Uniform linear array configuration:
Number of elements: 48
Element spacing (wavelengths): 0.5
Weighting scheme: hamming
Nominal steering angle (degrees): -15
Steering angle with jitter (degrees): -13.998
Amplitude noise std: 0.05
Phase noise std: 0.05

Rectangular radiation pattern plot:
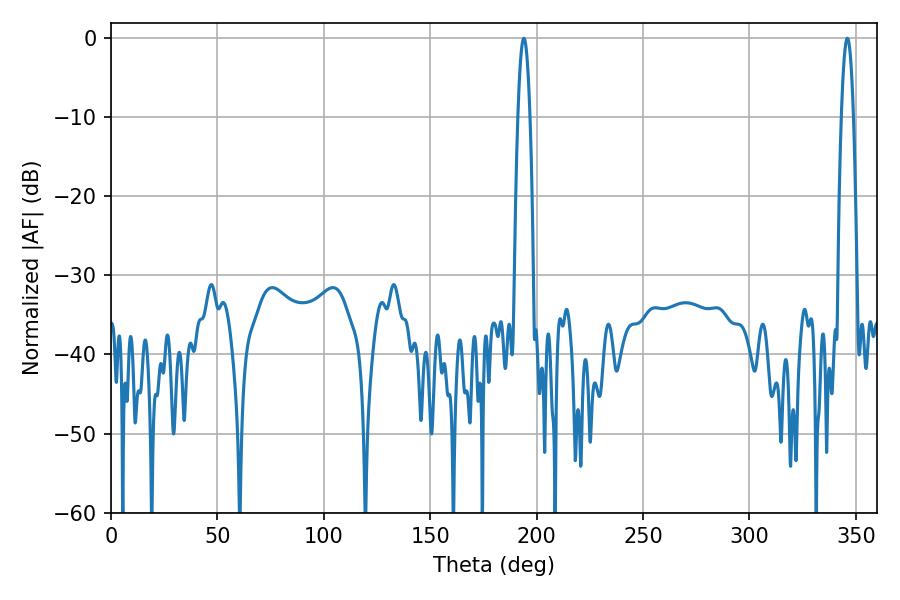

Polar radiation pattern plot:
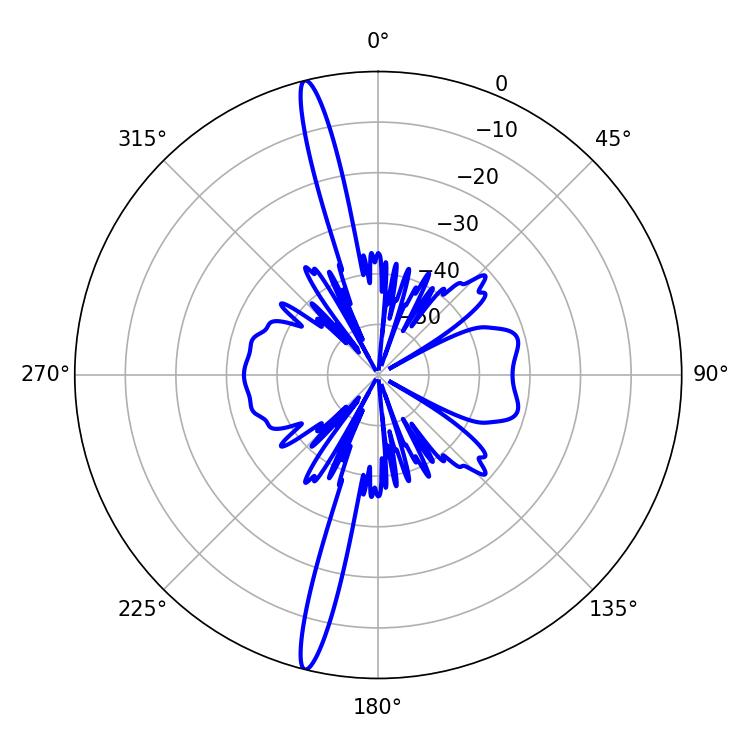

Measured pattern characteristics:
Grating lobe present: FALSE
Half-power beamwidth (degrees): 3.06
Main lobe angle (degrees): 194.04